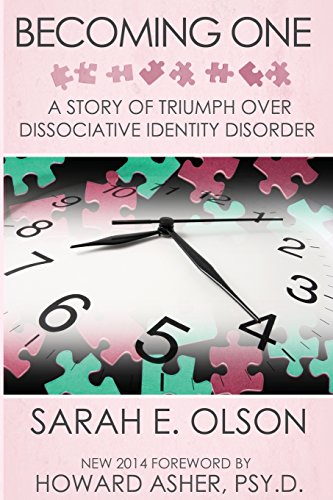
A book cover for Becoming One: A Story of Triumph Over Dissociative Identity Disorder; Sarah E. Olson; Health, Fitness & Dieting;